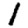
Digit: 1